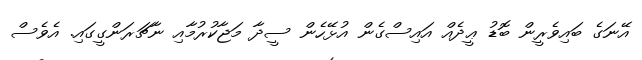
އޭނަގެ ބައިވެރީން ބޮޑު ޢީދެއް އައިސްގެން އުޅޭހެން ސީދާ މަޖާކުރުމާއި ނާޗަރަންގީގައި. އެވެސް